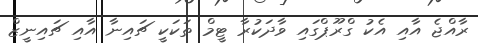
ރާއްޖެ އާއި އެކު ގްރޫޕްގައި ވާދަކުރާ ޓީމް ތަކަކީ ޗައިނާ އާއި ޗައިނީޒް